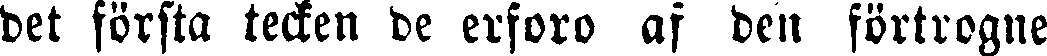
det första tecken de erforo af den förtrogne